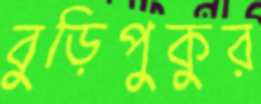
বুড়িপুকুর